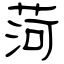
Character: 菏